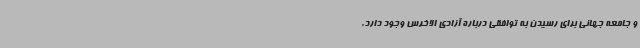
و جامعه جهانی برای رسیدن به توافقی درباره آزادی الاخرس وجود دارد.